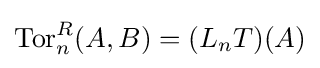
\mathrm {Tor} _{n}^{R}(A,B)=(L_{n}T)(A)